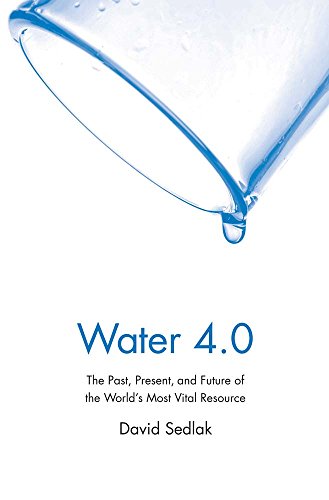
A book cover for Water 4.0: The Past, Present, and Future of the World's Most Vital Resource; David Sedlak; Arts & Photography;